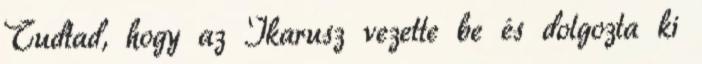
Tudtad, hogy az Ikarusz vezette be és dolgozta ki